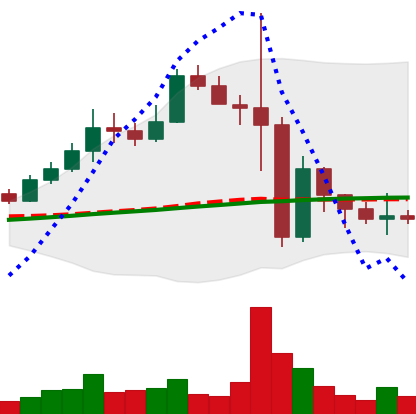
Ticker: BNB-USD
Chart end date: 2022-11-15
Forward return: -4.565%
Label: down_3_5